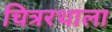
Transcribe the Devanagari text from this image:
चित्ररथाला